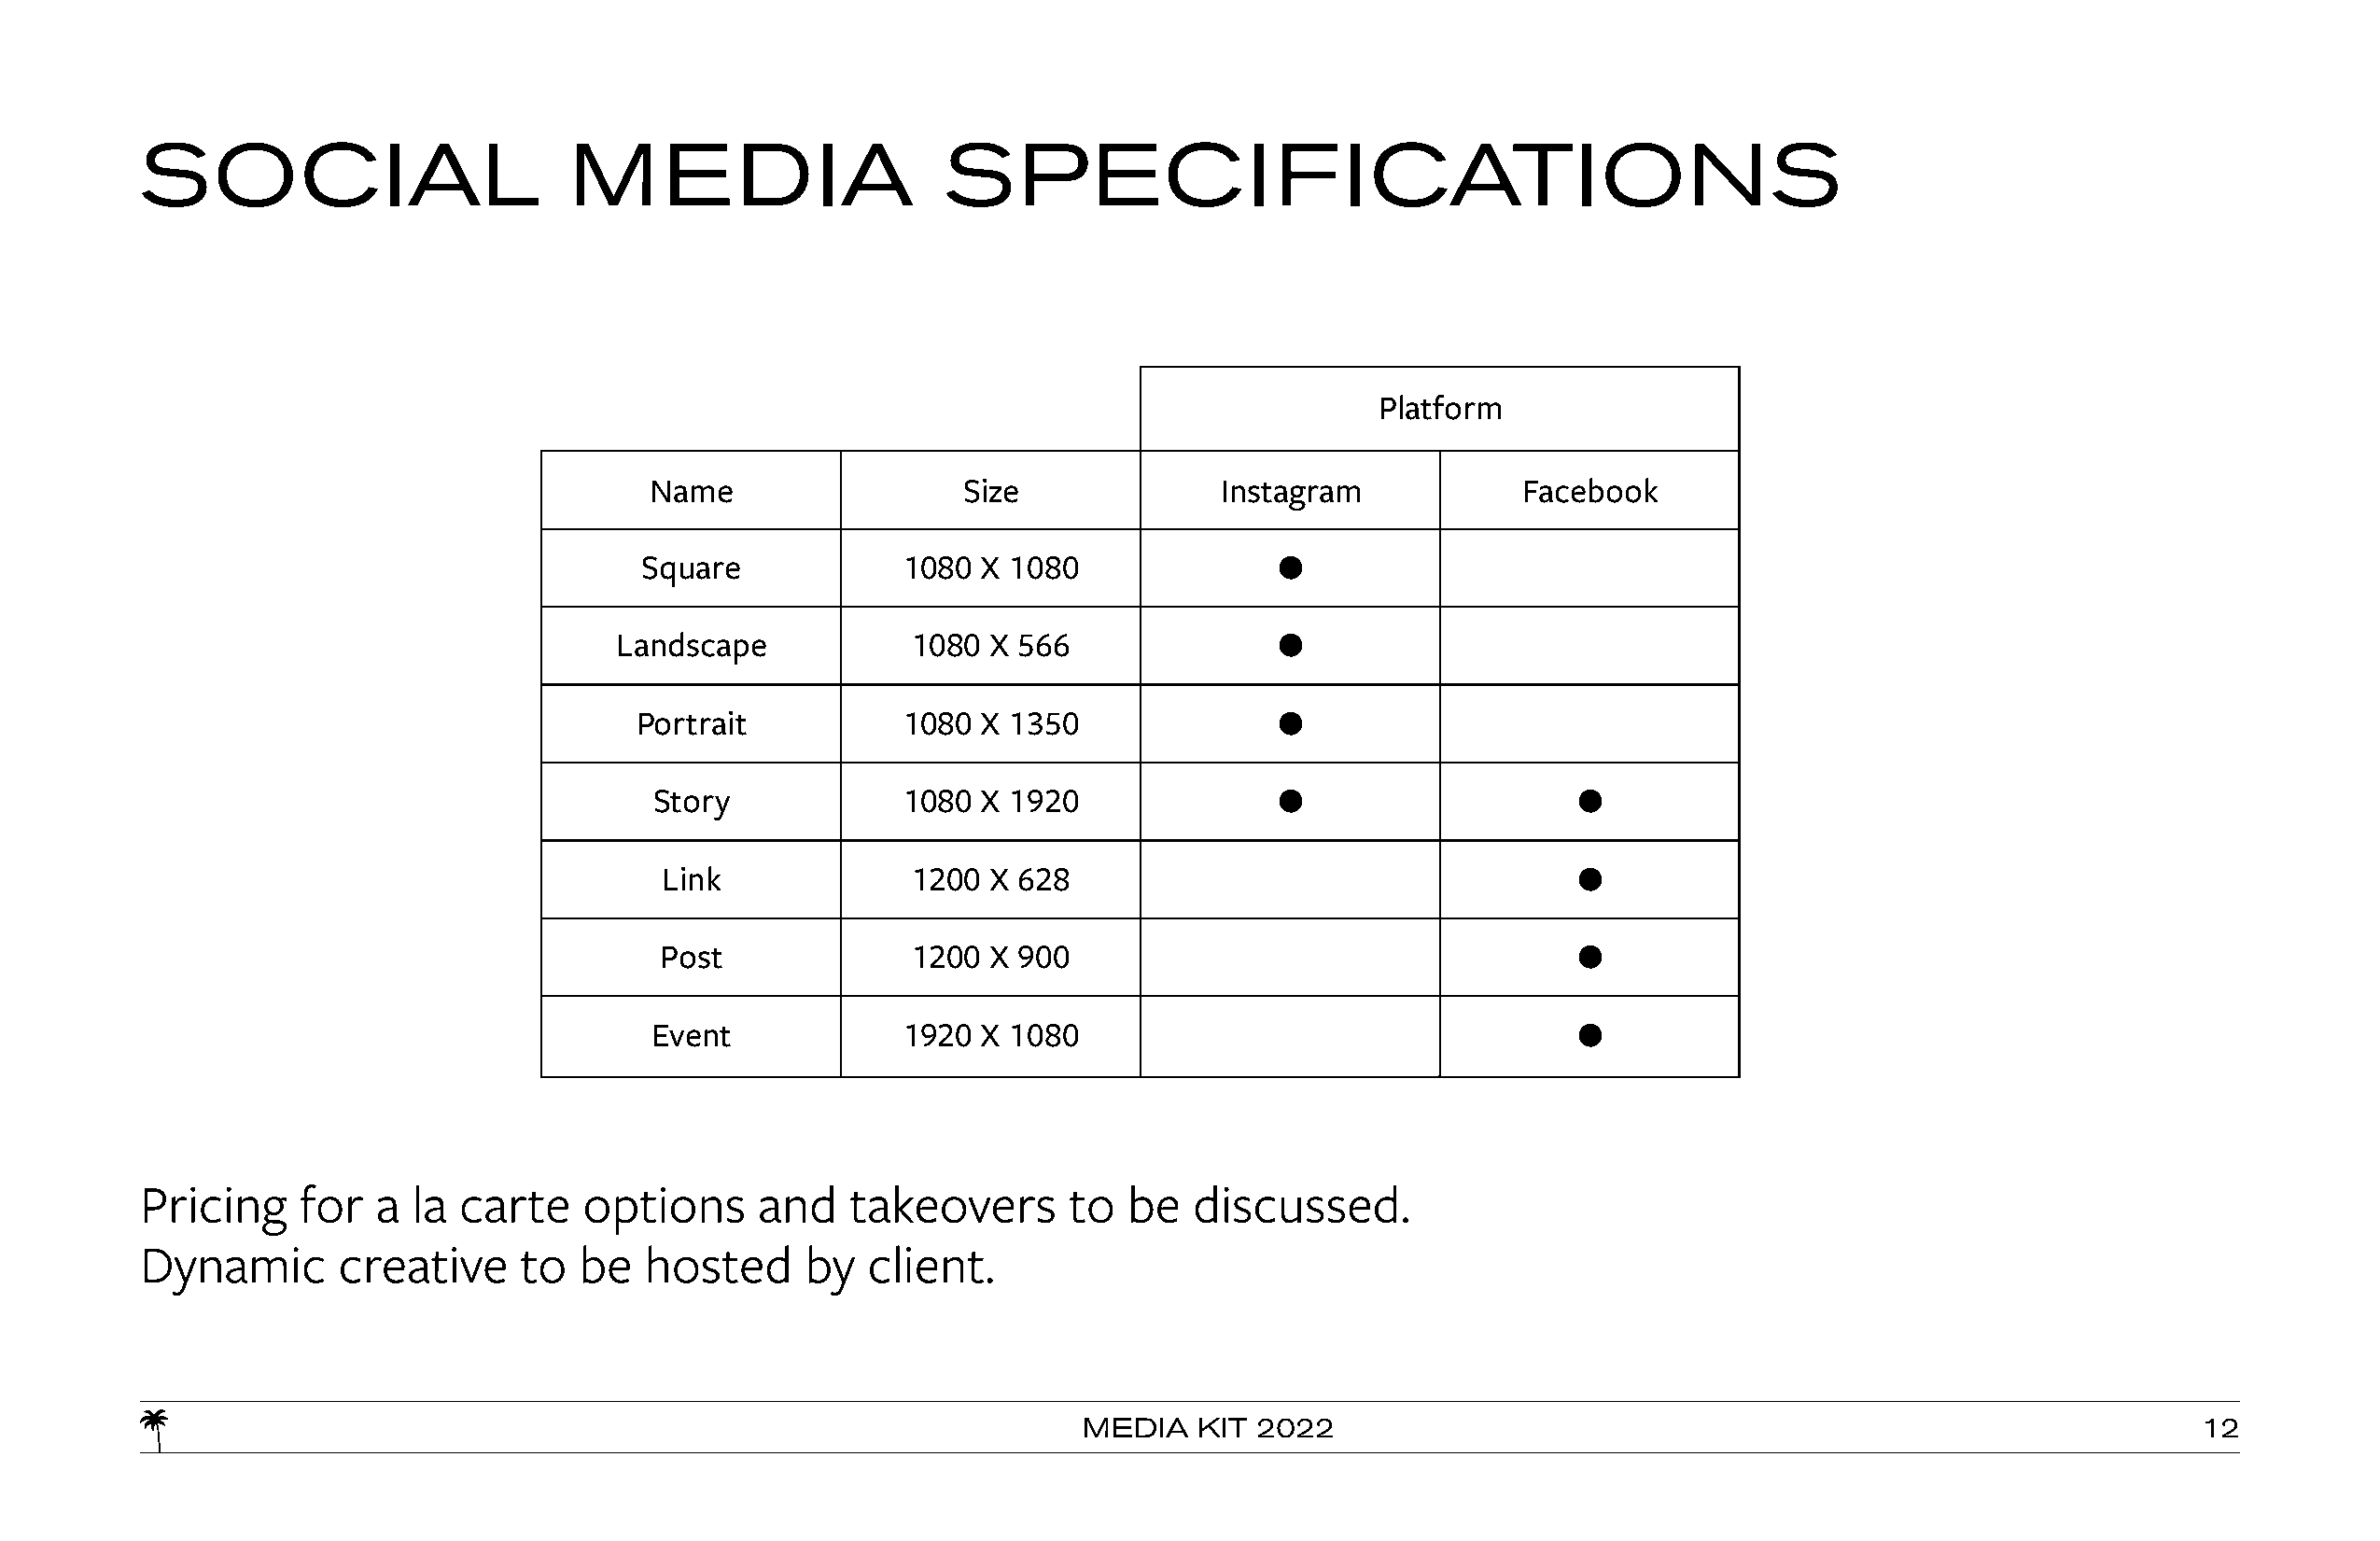
SOCIAL                        M      EDIA                SPECIFICATIONS
 Platform
 Name                  Size               Instagram            Facebook
 Square            1080  X 1080               b
 Landscape            1080 X 566                b
 Portrait           1080  X 1350               b
 Story             1080  X 1920               b                    b
 Link              1200 X 628                                     b
 Post              1200 X 900                                     b
 Event             1920  X 1080                                    b
 Pricing    for   a la  carte   options      and   takeovers       to  be   discussed.
 Dynamic       creative     to  be   hosted     by   client.
 MEDIA   KIT 2022                                                               12